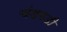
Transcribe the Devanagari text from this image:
चंडगडी